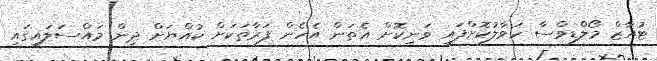
ޓުއާޒް މޯލްޑިވްސާ ހަވާލުކޮށްފައި ވަނިކޮށް އެތަން އެހެން ފަރާތަކަށް ކުއްޔަށް ދިން މައްސަލައިގައި